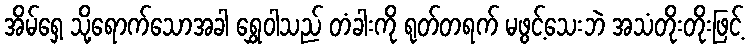
အိမ်ရှေ့ သို့ရောက်သောအခါ ရွှေဝါသည် တံခါးကို ရုတ်တရက် မဖွင့်သေးဘဲ အသံတိုးတိုးဖြင့်